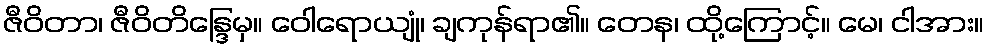
ဇီဝိတာ၊ ဇီဝိတိန္ဒြေမှ။ ဝေါရောယျုံ၊ ချကုန်ရာ၏။ တေန၊ ထို့ကြောင့်။ မေ၊ ငါအား။